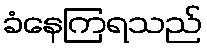
ခံနေကြရသည်